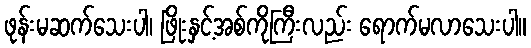
ဖုန်းမဆက်သေးပါ၊ ဖြိုးနှင့်အစ်ကိုကြီးလည်း ရောက်မလာသေးပါ။